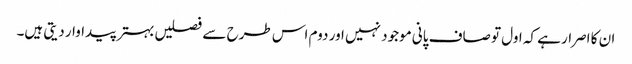
ان کا اصرار ہے کہ اول تو صاف پانی موجود نہیں اور دوم اس طرح سے فصلیں بہتر پیداوار دیتی ہیں۔